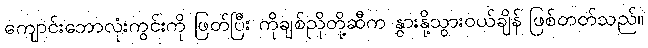
ကျောင်းဘောလုံးကွင်းကို ဖြတ်ပြီး ကိုချစ်ညိုတို့ဆီက နွားနို့သွားဝယ်ချိန် ဖြစ်တတ်သည်။